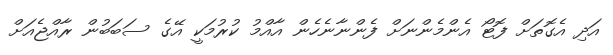
އަދި އެގޮތަށް ފޮޓޯ އެންމެންނަށް ފެންނާނެހެން އާއްމު ކުރުމަކީ އޭގެ ސަބަބުން ރާއްޖެއަށް